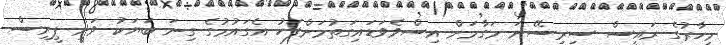
މިހާރުގެ ރައީސް ސިރިސޭނަ މަގާމަށް އިސްވެވަޑައިގަތުމަށްފަހު އެގައުމުގެ ގިނަ ބަޔަކު ވަނީ ޕީރިސް